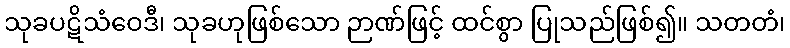
သုခပဋိသံဝေဒီ၊ သုခဟုဖြစ်သော ဉာဏ်ဖြင့် ထင်စွာ ပြုသည်ဖြစ်၍။ သတတံ၊